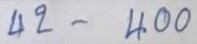
42 - 400